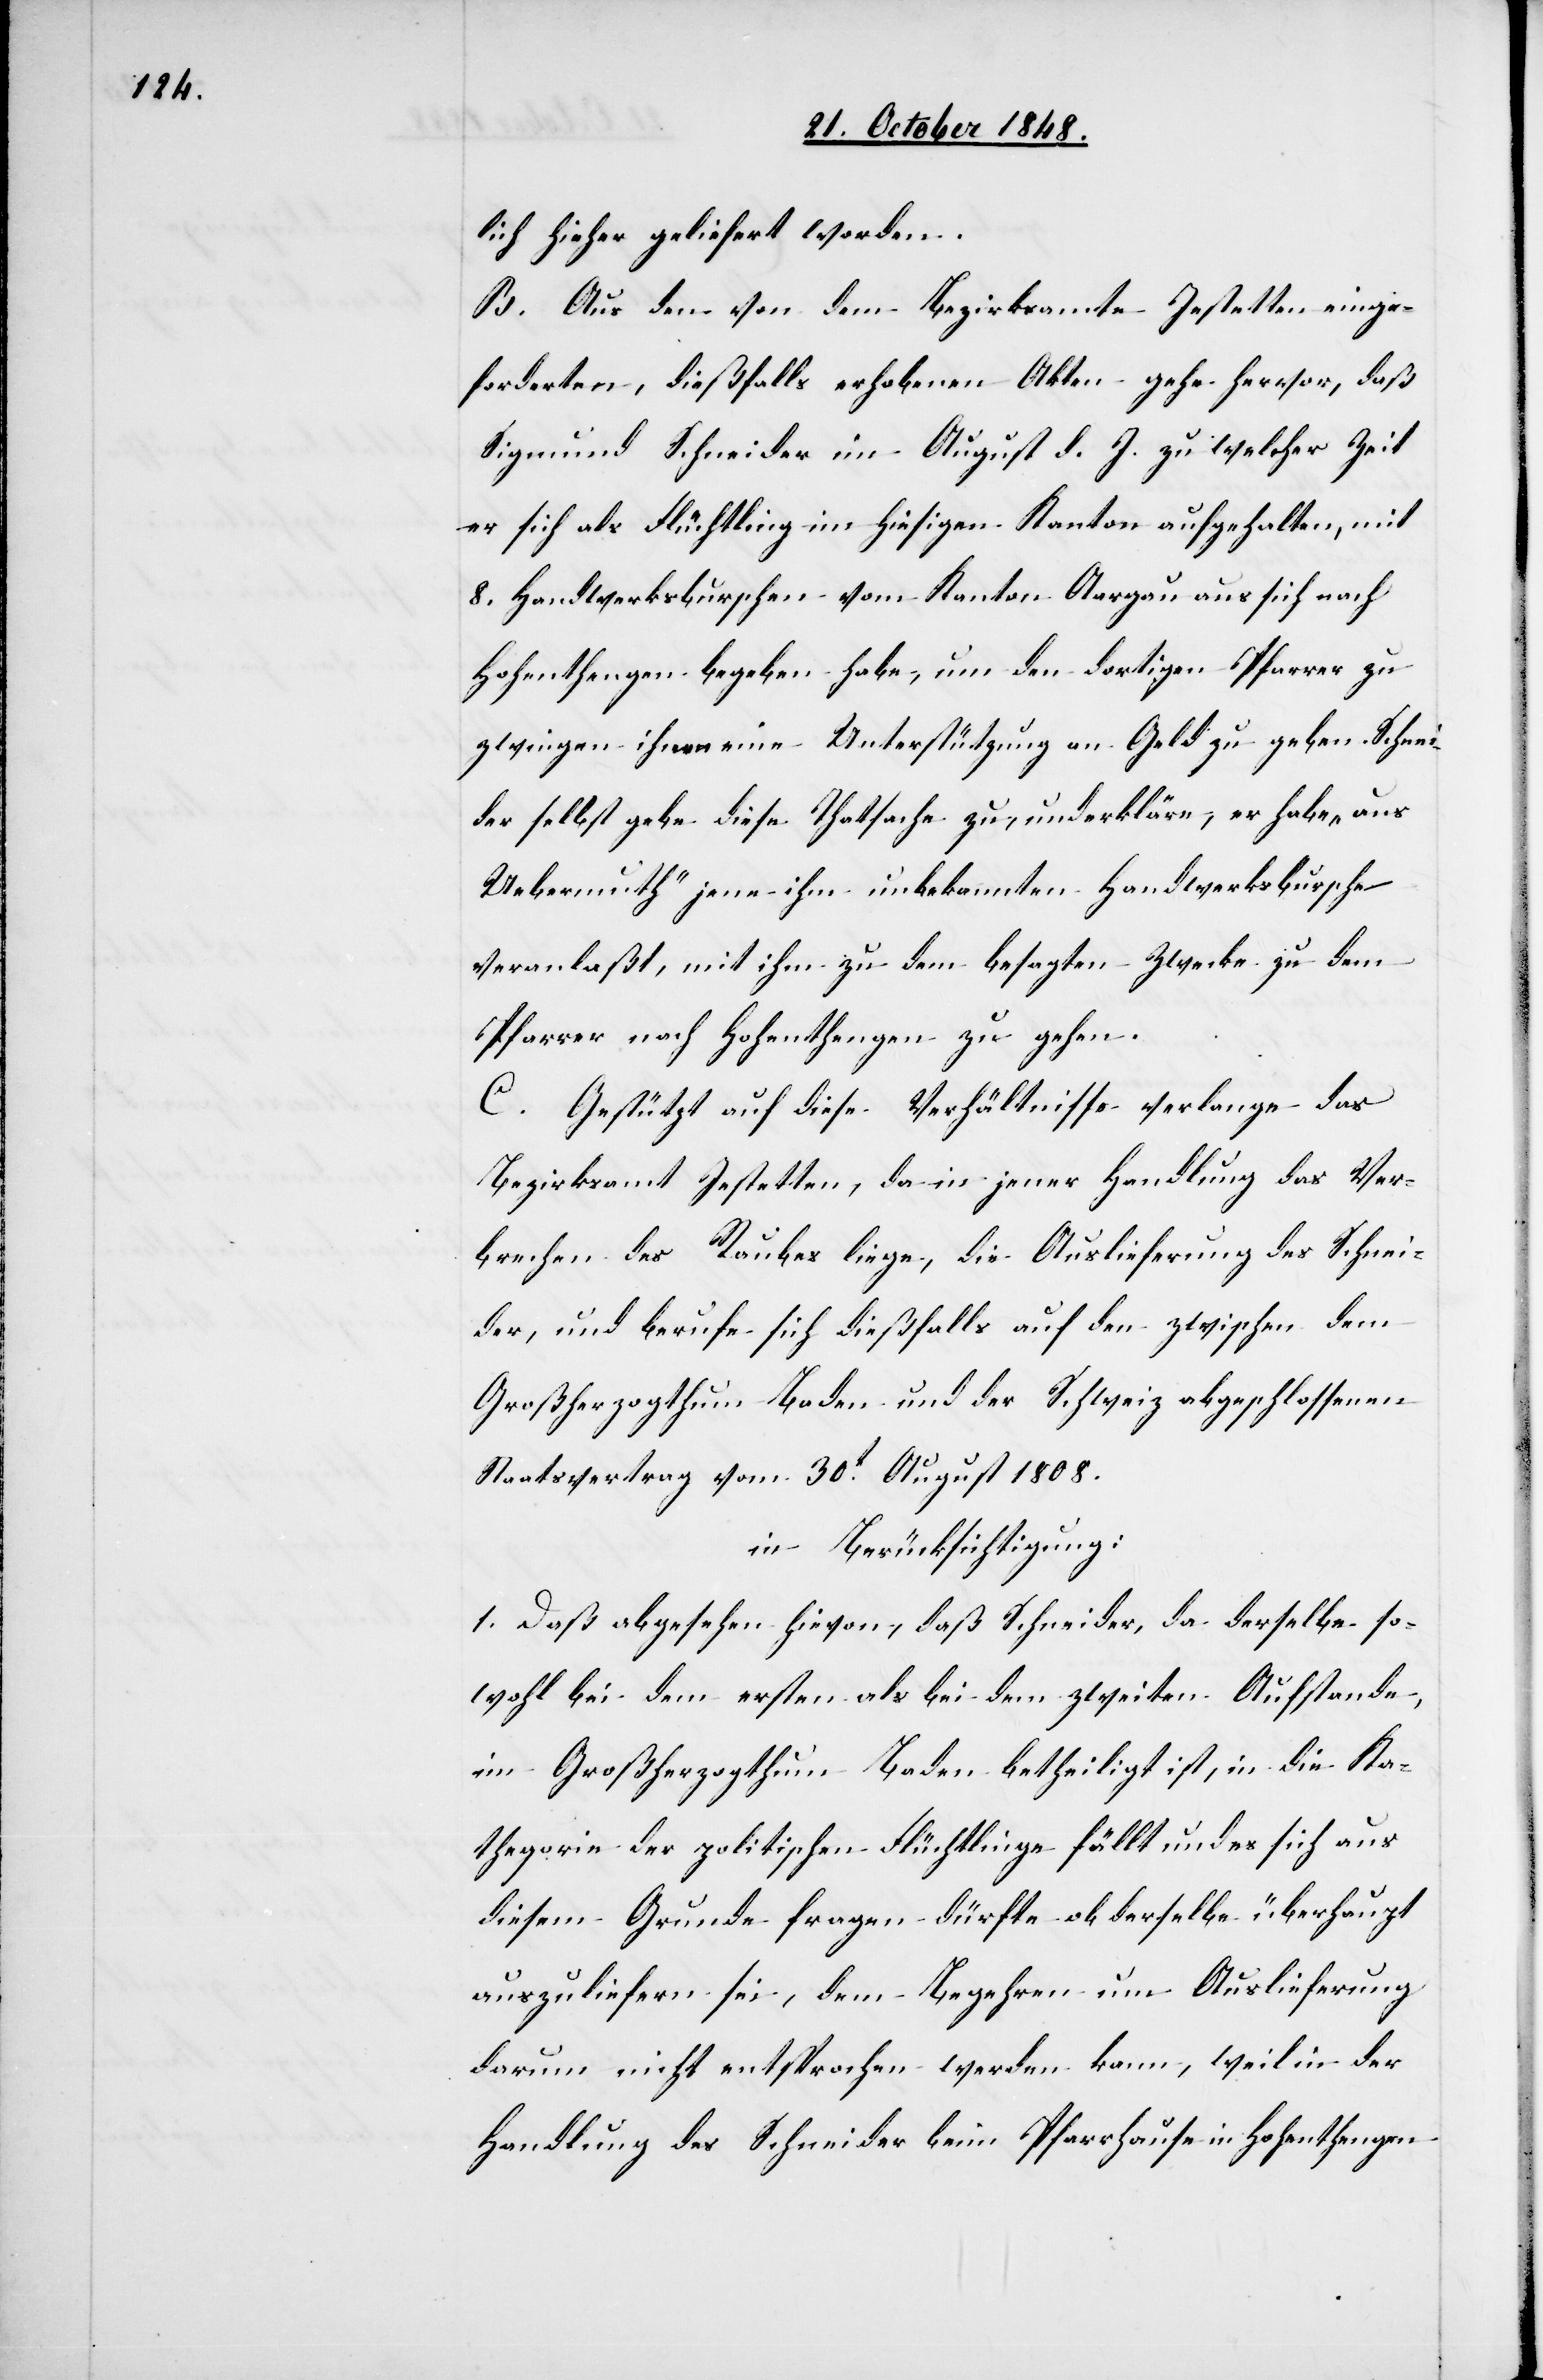
lich hieher geliefert worden.
B. Aus den von dem Bezirksamt Jestetten einge¬
forderten, dießfalls erhobenen Akten gehe hervor, daß
Sigmund Schneider im August d. J. zu welcher Zeit
er sich als Flüchtling im hiesigen Kanton aufgehalten, mit
8. Handwerksburschen vom Kanton Aargau aus sich nach
Hohenthengen begeben habe, um den dortigen Pfarrer zu
zwingen ihnen eine Unterstützung an Geld zu geben. Schnei¬
der selbst gebe diese Thatsache zu, und erkläre, er habe „aus
Uebermuth“ jene ihm unbekannten Handwerksbursche[n]
veranlaßt, mit ihm zu dem besagten Zwecke zu dem
Pfarrer nach Hohenthengen zu gehen.
C. Gestützt auf diese Verhältnisse verlange das
Bezirksamt Jestetten, da in jener Handlung das Ver¬
brechen des Raubes liege, die Auslieferung des Schnei¬
der, und berufe sich dießfalls auf den zwischen dem
Großherzogthum Baden und der Schweiz abgeschlossenen
Staatsvertrag vom 30t August 1808.
in Berücksichtigung.
1. Daß abgesehen hievon, daß Schneider, da derselbe so¬
wohl bei dem ersten als bei dem zweiten Aufstande,
im Großherzogthum Baden betheiligt ist, in die Ka¬
thegorie der politischen Flüchtlinge fällt und es sich aus
diesem Grunde fragen dürfte ob derselbe überhaupt
auszuliefern sei, dem Begehren um Auslieferung
darum nicht entsprochen werden kann, weil in der
Handlung des Schneider beim Pfarrhause in Hohenthengen